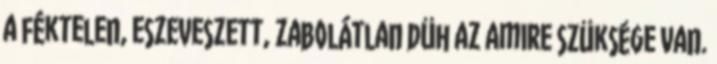
a féktelen, eszeveszett, zabolátlan düh az amire szüksége van.